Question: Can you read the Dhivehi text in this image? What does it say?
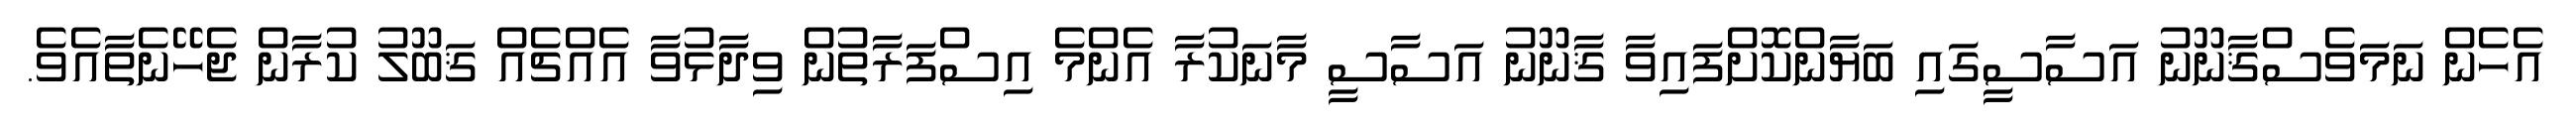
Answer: އެހެން ނަމަވެސްޤާނޫނު އަސާސީގައި ބަޔާންކޮށްފައިވާ ޤާނޫނު އަސާސީ މާނަކުރާ އެންމެ އިސްފަރާތުން ވިދާޅުވާ އެއްޗެއް ޤަބޫލު ކުރާން ޖެހޭނެތާއެވެ.